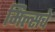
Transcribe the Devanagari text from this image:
मिल्सचे